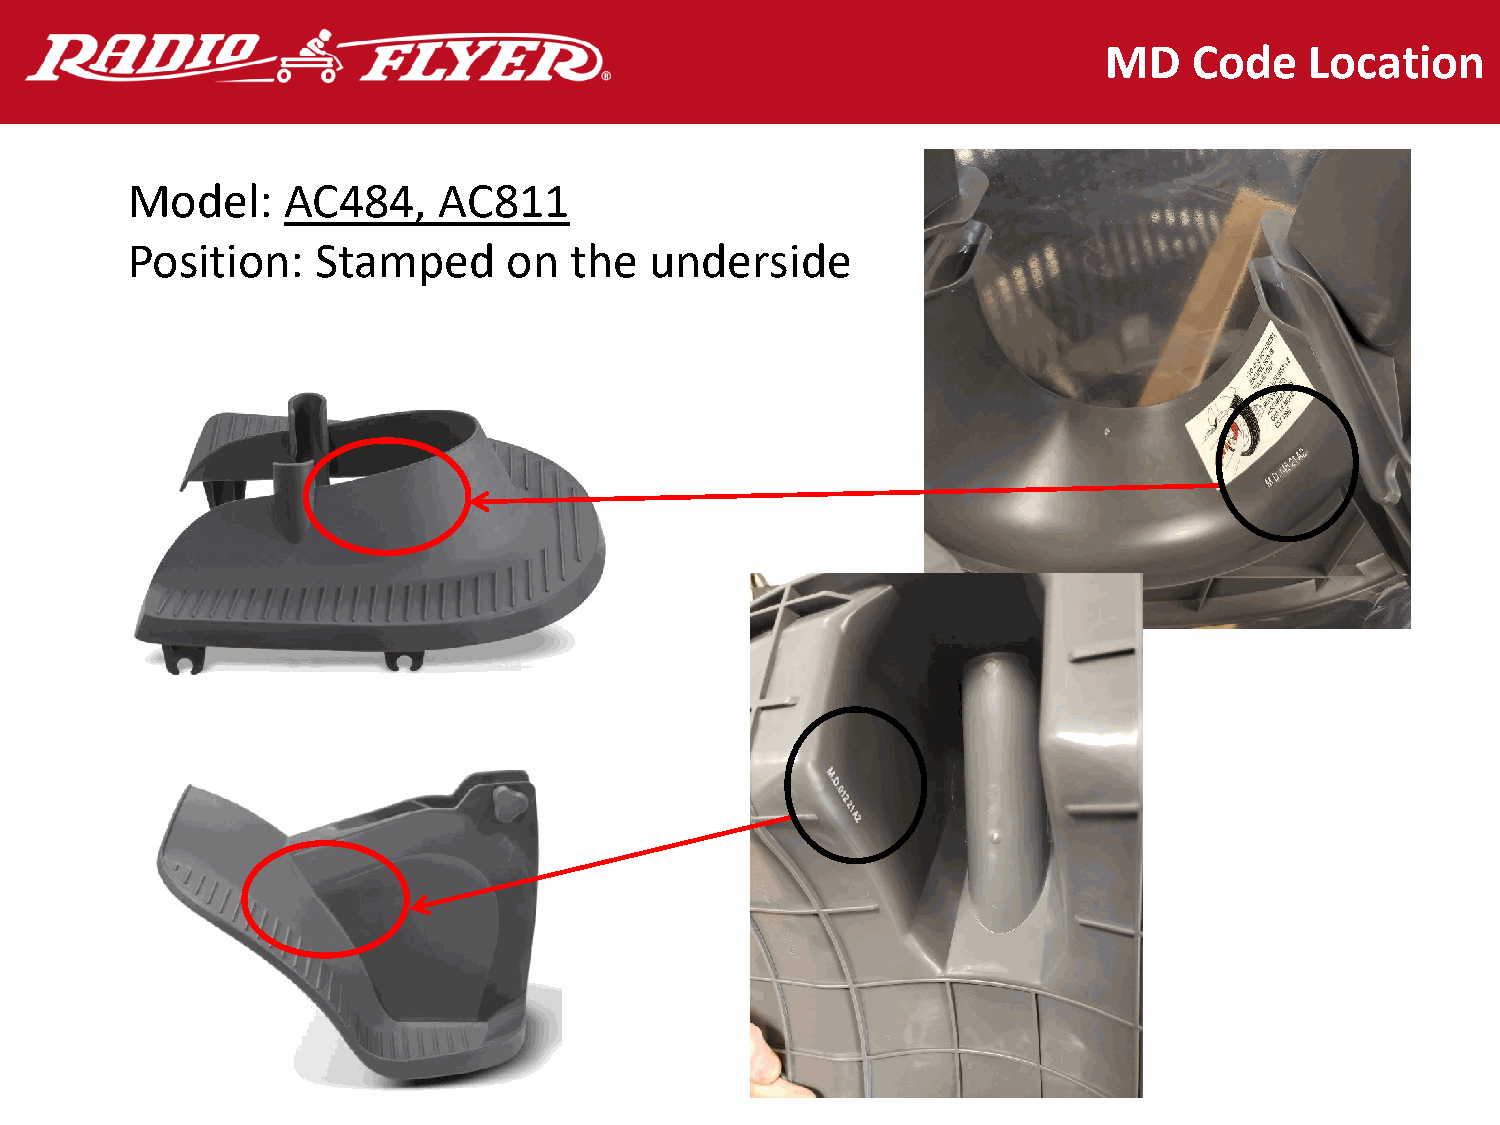
MD    Code    Location
 Model:     AC484,    AC811
 Position:    Stamped      on  the  underside